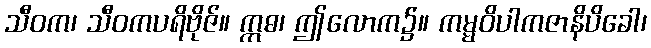
သီဝက၊ သီဝကပရိဗိုဇ်။ ဣဓ၊ ဤလောက၌။ ကမ္မဝိပါကဇာနိပိခေါ၊